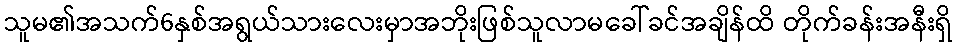
သူမ၏အသက်6နှစ်အရွယ်သားလေးမှာအဘိုးဖြစ်သူလာမခေါ်ခင်အချိန်ထိ တိုက်ခန်းအနီးရှိ